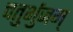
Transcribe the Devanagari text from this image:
चतुर्भुजम्